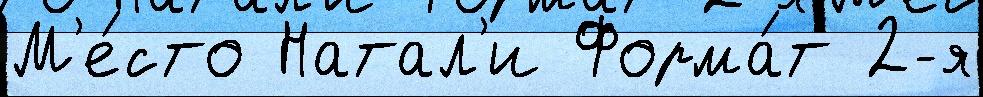
М'е́сто Натал'и Форма́т 2-я